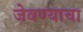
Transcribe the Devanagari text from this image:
जेवण्याचा